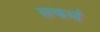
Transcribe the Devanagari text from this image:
सत्कर्मा